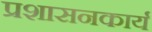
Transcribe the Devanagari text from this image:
प्रशासनकार्य